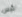
ليس